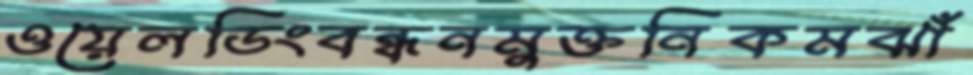
ওয়েলডিংবন্ধনমুক্তনিকমঝাঁ